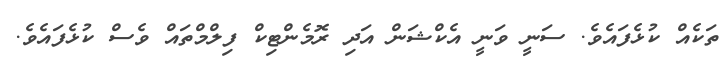
ތަކެއް ކުޅެފައެވެ. ސަނީ ވަނީ އެކްޝަން އަދި ރޮމެންޓިކް ފިލްމްތައް ވެސް ކުޅެފައެވެ.